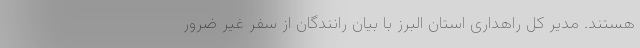
هستند. مدیر کل راهداری استان البرز با بیان رانندگان از سفر غیر ضرور